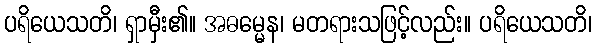
ပရိယေသတိ၊ ရှာမှီး၏။ အဓမ္မေန၊ မတရားသဖြင့်လည်း။ ပရိယေသတိ၊